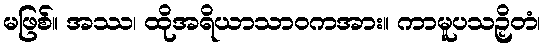
မဖြစ်။ အဿ၊ ထိုအရိယာသာဝကအား။ ကာမူပသဉှိတံ၊